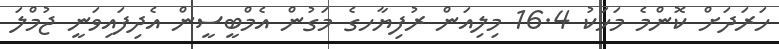
ހަރަދަށް ކޮންމެ މަހަކު 16.4 މިލިއަން ރުފިޔާހގެ މަގުން އެމްބީސީން އެދިފައިވަނީ ޖުމްލަ